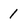
Character: 1